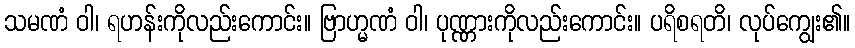
သမဏံ ဝါ၊ ရဟန်းကိုလည်းကောင်း။ ဗြာဟ္မဏံ ဝါ၊ ပုဏ္ဏားကိုလည်းကောင်း။ ပရိစရတိ၊ လုပ်ကျွေး၏။